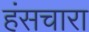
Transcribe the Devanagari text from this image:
हंसचारा